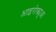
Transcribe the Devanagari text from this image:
आइरोक्युआ